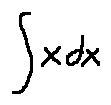
\int x d x